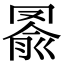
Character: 𦋢